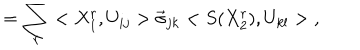
= \sum _ { r } < X _ { 1 } ^ { r } , U _ { i j } > \vec { \sigma } _ { j k } < S ( X _ { 2 } ^ { r } ) , U _ { k l } > \; ,